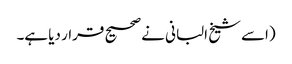
(اسے شیخ البانی نے صحیح قرار دیا ہے۔